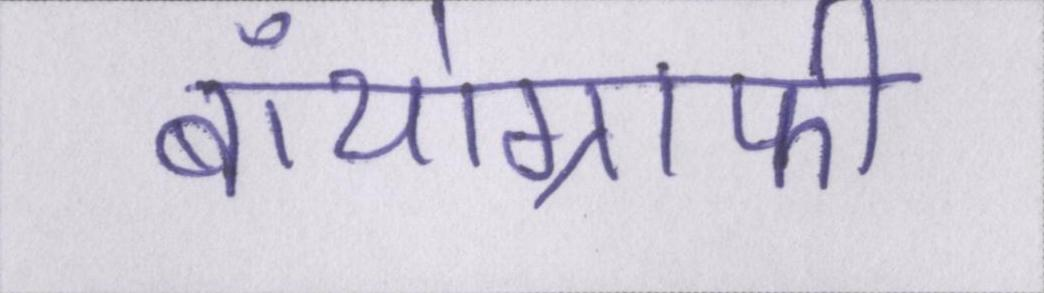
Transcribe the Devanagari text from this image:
बॉयोग्राफी